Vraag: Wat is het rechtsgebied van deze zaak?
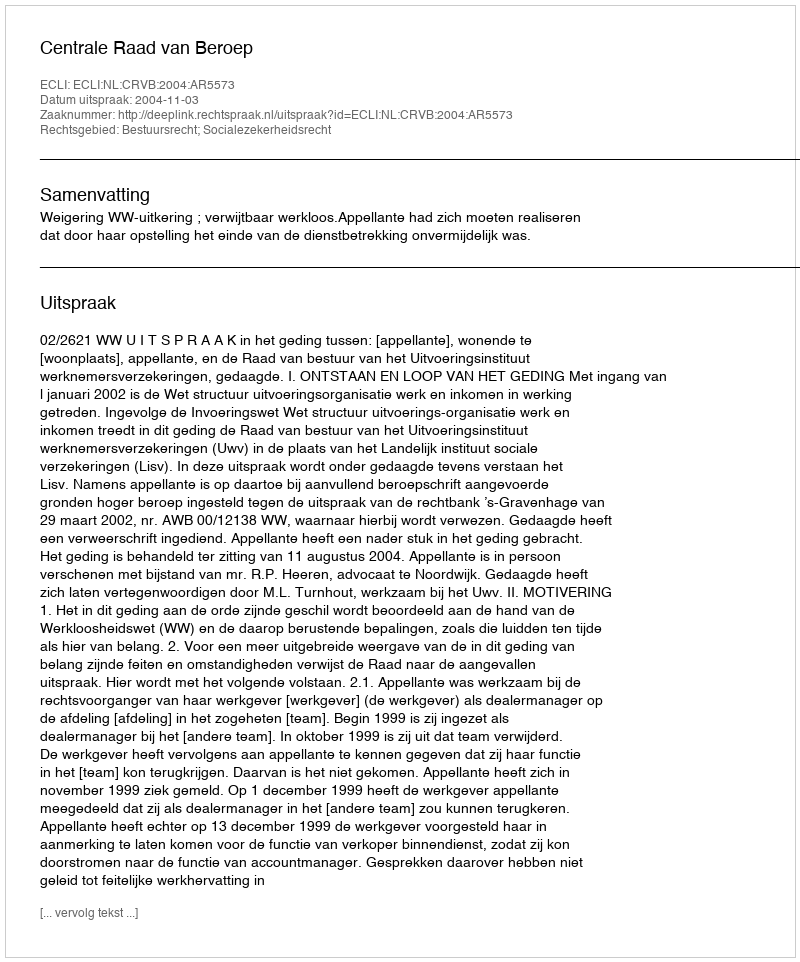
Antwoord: Bestuursrecht; Socialezekerheidsrecht